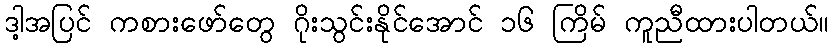
ဒါ့အပြင် ကစားဖော်တွေ ဂိုးသွင်းနိုင်အောင် ၁၆ ကြိမ် ကူညီထားပါတယ်။